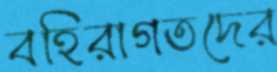
বহিরাগতদের